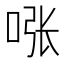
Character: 𱒻